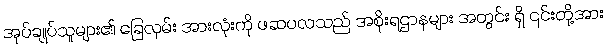
အုပ်ချုပ်သူများ၏ ခြေလှမ်း အားလုံးကို ဖဆပလသည် အစိုးရဌာနများ အတွင်း ရှိ ၎င်းတို့အား